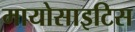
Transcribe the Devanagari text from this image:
मायोसाइटिस